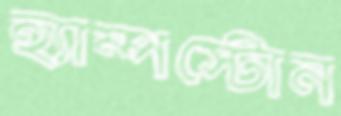
হ্যাম্পস্টোন